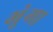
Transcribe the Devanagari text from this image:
भूंगा